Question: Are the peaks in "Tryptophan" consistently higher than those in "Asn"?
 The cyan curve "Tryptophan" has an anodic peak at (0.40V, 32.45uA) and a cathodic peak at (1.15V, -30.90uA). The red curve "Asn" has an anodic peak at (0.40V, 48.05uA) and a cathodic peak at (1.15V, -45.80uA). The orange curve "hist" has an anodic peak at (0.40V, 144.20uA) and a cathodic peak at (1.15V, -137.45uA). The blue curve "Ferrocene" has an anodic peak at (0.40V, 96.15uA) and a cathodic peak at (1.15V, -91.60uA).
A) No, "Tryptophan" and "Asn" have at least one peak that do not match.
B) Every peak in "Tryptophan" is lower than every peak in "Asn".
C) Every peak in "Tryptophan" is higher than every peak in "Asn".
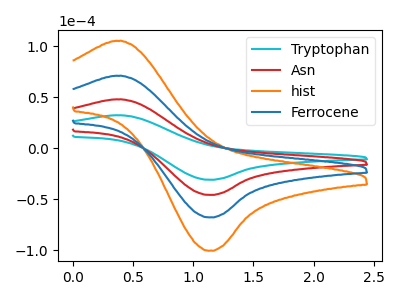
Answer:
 <answer>B) Every peak in "Tryptophan" is lower than every peak in "Asn".</answer>
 <eval>B</eval>